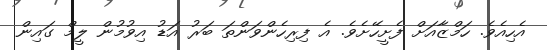
އެހިއެވެ. ހަމްޒާއަށް ފެށީހޭށެވެ. އެ ފިރިހެންވަންތަ ބަރު އަޑު އިވުމުން ލީމް ގައިން